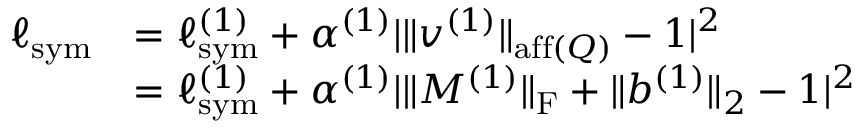
\begin{array} { r l } { \ell _ { \mathrm { s y m } } } & { = \ell _ { \mathrm { s y m } } ^ { ( 1 ) } + \alpha ^ { ( 1 ) } | \| v ^ { ( 1 ) } \| _ { \mathrm { a f f } ( Q ) } - 1 | ^ { 2 } } \\ & { = \ell _ { \mathrm { s y m } } ^ { ( 1 ) } + \alpha ^ { ( 1 ) } | \| M ^ { ( 1 ) } \| _ { \mathrm { F } } + \| b ^ { ( 1 ) } \| _ { 2 } - 1 | ^ { 2 } } \end{array}